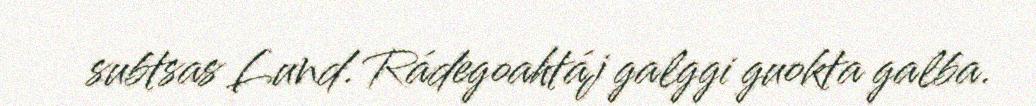
subtsas Lund. Rádegoahtáj galggi guokta galba.